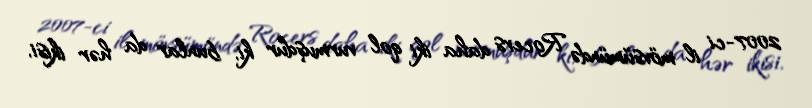
2007-ci il mövsümündə Rocers daha iki qol vurmuşdur ki, bunlar da hər ikisi,